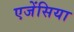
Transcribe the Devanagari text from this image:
एजेंसिया